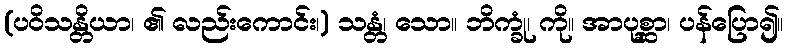
(ပဝိသန္တိယာ၊ ၏ လည်းကောင်း၊) သန္တံ၊ သော။ ဘိက္ခုံ၊ ကို။ အာပုစ္ဆာ၊ ပန်ပြော၍။